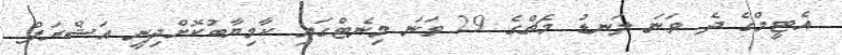
އެޓީމްގެ ދެ ވަނަ ލަނޑު މެޗްގެ 29 ވަނަ މިނެޓްގައި ކާމިޔާބުކޮށްދިނީ އަޝްރަފް